system: You are a helpful assistant.
user:
Analyze the provided spectrum to determine if it is a **"Cataclysmic Variables (CV)"**.

- **Key Indicators for CV (Check for either state):**
    - **State 1: Quiescent / Low-State (Emission-Dominated)**
        - **(Primary):** Strong and *very broad* Hydrogen Balmer emission lines (e.g., $H\alpha$ at 6563 Å, $H\beta$ at 4861 Å). The 'broadness' (high velocity dispersion, often FWHM > 1000 km/s) is the key diagnostic, indicating a high-velocity accretion disk.
        - **(Secondary):** Broad neutral Helium (He I) emission lines (e.g., 5876 Å, 6678 Å).
        - **(Key Confirmation):** Presence of high-excitation *ionized* Helium (He II) emission at 4686 Å. This is a strong indicator of accretion onto a white dwarf.
        - **(Line Profile):** Emission lines may exhibit a 'double-peaked' profile, which is a classic signature of a rotating accretion disk viewed at high inclination.

    - **State 2: Outburst / High-State (Absorption-Dominated)**
        - **(Primary):** Spectrum is dominated by a bright, blue continuum (looks like a hot star).
        - **(Secondary):** The emission lines from State 1 are weak, absent, or 'filled in', and are replaced by broad, shallow *absorption* lines (primarily Balmer and He I).
        - **(Morphology):** The overall spectrum mimics a hot B/A-type star. The crucial difference is that the absorption lines are significantly broader, shallower, and more 'washed-out' (or 'smeared') than the sharp lines of a normal stellar photosphere, due to high rotational speeds and pressure broadening in the disk.

Think first, call **spectral_visualization_tool** if needed to examine features in detail, then provide your final answer. Your response must adhere to the following strict rules:
1.  **Overall Structure:** Your response must follow the format `<think>...</think> <tool_call>...</tool_call> (if a tool is used) <answer>...</answer>`.
2.  **Tool Usage Constraint:** You may only make **one** tool call per turn.
3.  **Final Answer Format:** In the `<answer>` tag, your conclusion must be inside a `\boxed{}` command (e.g., `\boxed{YES}`), followed by your justification.

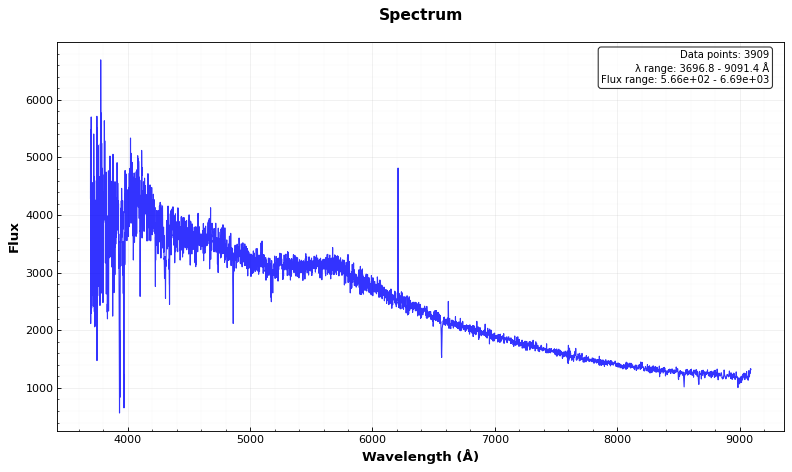
Answer: NO